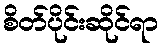
စိတ်ပိုင်းဆိုင်ရာ